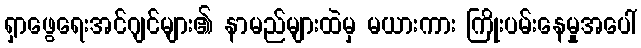
ရှာဖွေရေးအင်ဂျင်များ၏ နာမည်များထဲမှ မယားကား ကြိုးပမ်းနေမှုအပေါ်